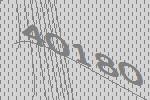
40180